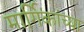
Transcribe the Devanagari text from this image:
मार्गिकांच्या